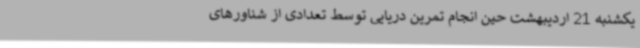
یکشنبه 21 اردیبهشت حین انجام تمرین دریایی توسط تعدادی از شناورهای